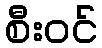
စီးဝင်